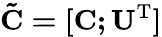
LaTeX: \mathbf{\tilde{C}=[C;U^{\mathrm{T}}]}